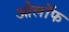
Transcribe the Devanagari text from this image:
ओलॉफ